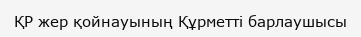
ҚР жер қойнауының Құрметті барлаушысы